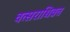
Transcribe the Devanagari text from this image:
वत्सराधिव्रत